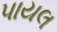
પાયલ